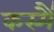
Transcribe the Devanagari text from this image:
कस्मै॑